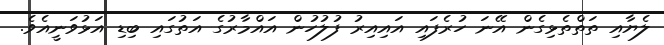
ލެޔާއި ތަތްތެޅިގެން އޭނަ ހުރެފައި އައިއިރު ފުލުހުން އައްމާރުގެ އަތުގައި ބިޑި އަޅުވަނީއެވެ.